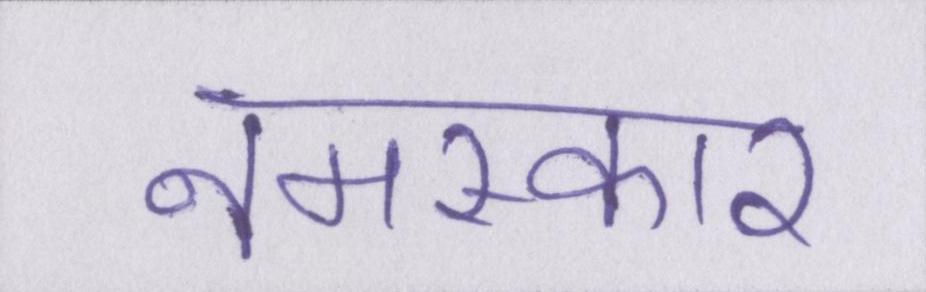
नमस्कार